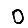
Digit: 0